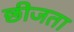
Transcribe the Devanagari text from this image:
छीजता